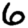
Digit: 6